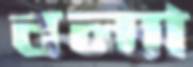
বল্যা